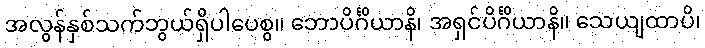
အလွန်နှစ်သက်ဘွယ်ရှိပါပေစွ။ ဘောပိင်္ဂိယာနိ၊ အရှင်ပိင်္ဂိယာနိ။ သေယျထာပိ၊